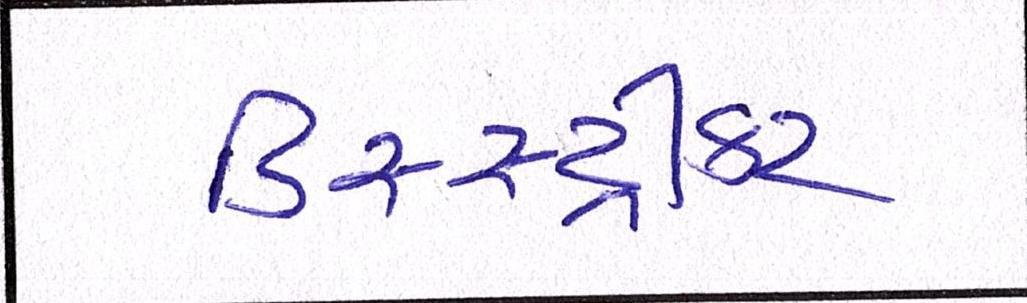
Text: ડિસ્સ્ટ્રીક્ટ